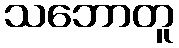
သဘောတူ